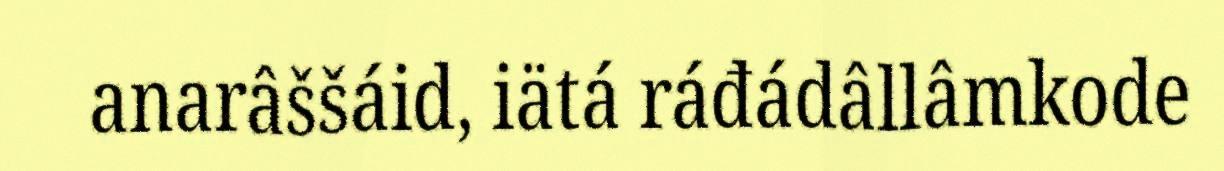
anarâššáid, iätá ráđádâllâmkode